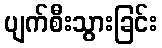
ပျက်စီးသွားခြင်း